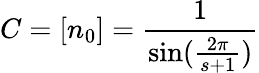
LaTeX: C=[n_{0}]=\frac{1}{\sin(\frac{2\pi}{s+1})}